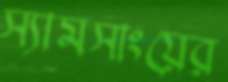
স্যামসাংয়ের